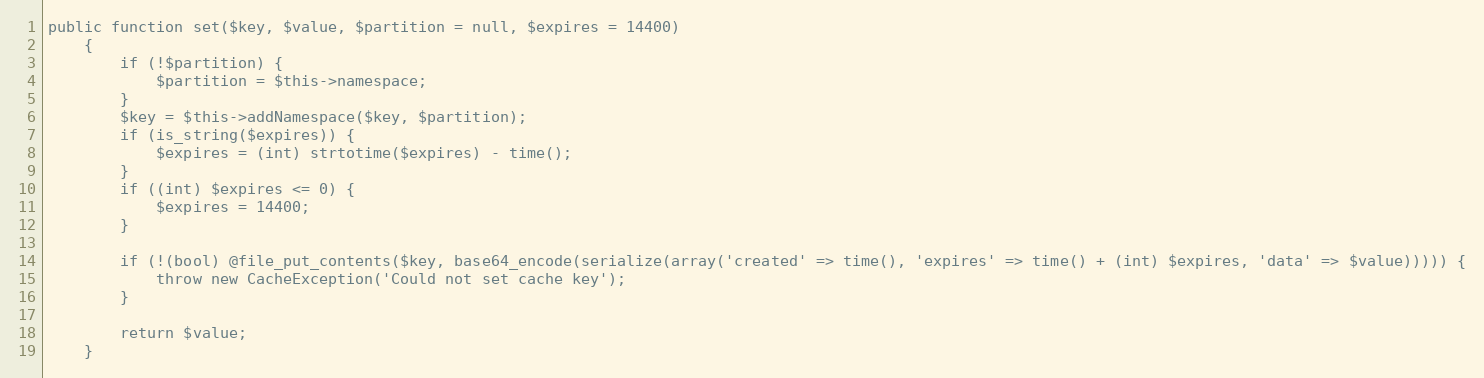
Language: PHP
public function set($key, $value, $partition = null, $expires = 14400)
    {
        if (!$partition) {
            $partition = $this->namespace;
        }
        $key = $this->addNamespace($key, $partition);
        if (is_string($expires)) {
            $expires = (int) strtotime($expires) - time();
        }
        if ((int) $expires <= 0) {
            $expires = 14400;
        }

        if (!(bool) @file_put_contents($key, base64_encode(serialize(array('created' => time(), 'expires' => time() + (int) $expires, 'data' => $value))))) {
            throw new CacheException('Could not set cache key');
        }

        return $value;
    }